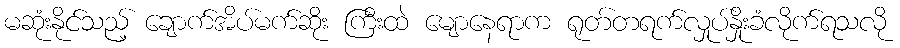
မဆုံးနိုင်သည့် ချောက်အိပ်မက်ဆိုး ကြီးထဲ မျောနေရာက ရုတ်တရက်လှုပ်နှိုးခံလိုက်ရသလို